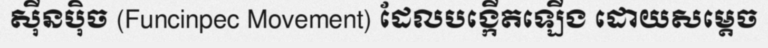
ស៊ីនប៉ិច (Funcinpec Movement) ដែលបង្កើតឡើង ដោយសម្តេច